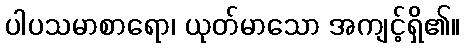
ပါပသမာစာရော၊ ယုတ်မာသော အကျင့်ရှိ၏။